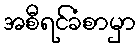
အစီရင်ခံစာမှာ